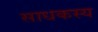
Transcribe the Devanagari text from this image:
साधकस्य